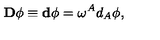
\mathbf { D } \phi \equiv \mathbf { d } \phi = \mathbf { \omega } ^ { A } d _ { A } \phi ,